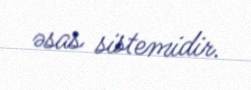
əsas sistemidir.